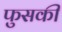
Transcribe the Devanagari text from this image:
फुसकी